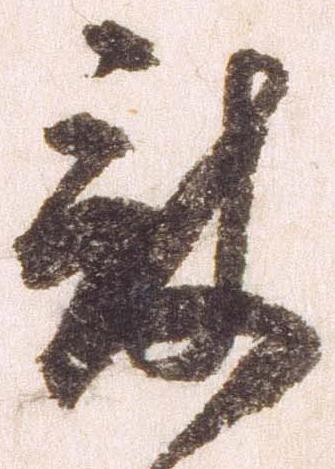
被